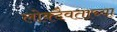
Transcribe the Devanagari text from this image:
लोक्दैवताच्या